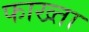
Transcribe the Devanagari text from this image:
फाख्‍ता